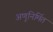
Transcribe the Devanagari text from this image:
अणुनिर्मित